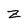
Character: Z